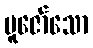
ပူဇော်သော